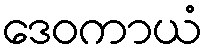
ဒေဝကာယံ